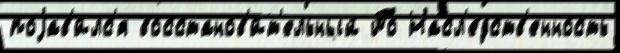
поjав'и́лс'я восстанов'и́т'ельный По Насл'е́дств'енность